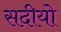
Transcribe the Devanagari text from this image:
सदीयो